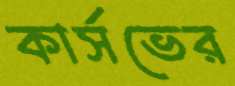
কার্সভের